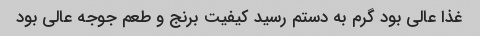
غذا عالی بود گرم به دستم رسید کیفیت برنج و طعم جوجه عالی بود